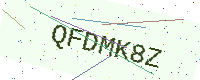
Text: QFDMK8Z